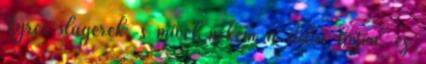
Tyres slágerek, s mivel nekem a stílus bejön, ez